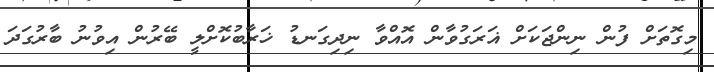
މިގޮތަށް ފުން ނިންޖަކަށް ޣަރަގުވާން އޮއްވާ ނިދިގަނޑު ޚަރާބުކޮށްލީ ބޭރުން އިވުނު ބާރުގަދަ